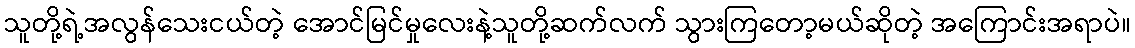
သူတို့ရဲ့အလွန်သေးငယ်တဲ့ အောင်မြင်မှုလေးနဲ့သူတို့ဆက်လက် သွားကြတော့မယ်ဆိုတဲ့ အကြောင်းအရာပဲ။